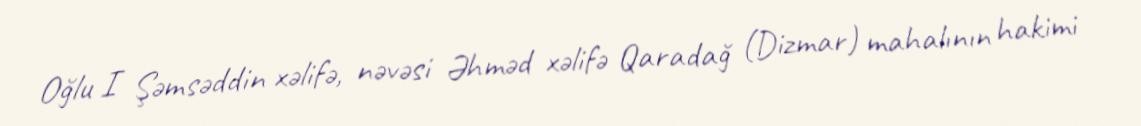
Oğlu I Şəmsəddin xəlifə, nəvəsi Əhməd xəlifə Qaradağ (Dizmar) mahalının hakimi